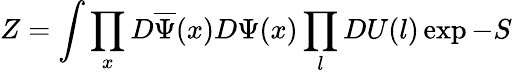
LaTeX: Z=\int\prod_{x}D\overline{{{\Psi}}}(x)D\Psi(x)\prod_{l}DU(l)\exp-S